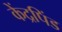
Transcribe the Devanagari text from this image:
केंद्रपिंड